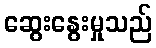
ဆွေးနွေးမှုသည်